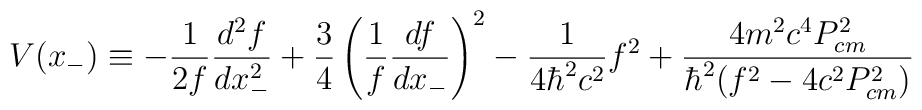
V(x_{-}) \equiv - \frac{1}{2f} \frac{d^2f}{dx_{-}^2} +\frac{3}{4} \left(\frac{1}{f} \frac{df}{dx_{-}}\right)^2- \frac{1}{4{\hbar}^2c^2} f^2 + \frac{4m^2c^4P_{cm}^2}{{\hbar}^2(f^2 - 4c^2P_{cm}^2)}